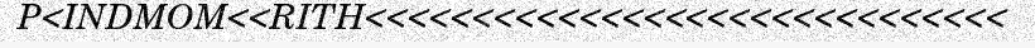
P<INDMOM<<RITH<<<<<<<<<<<<<<<<<<<<<<<<<<<<<<